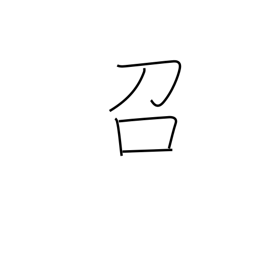
Meaning: eat